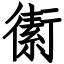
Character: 䘘